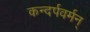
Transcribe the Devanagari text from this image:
कन्दर्पवर्मन्